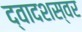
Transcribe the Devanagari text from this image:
द्वादशस्वर